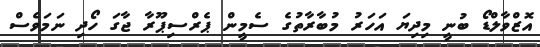
އޮޒްވާލްޑޯ ބުނީ މިދިޔަ އަހަރު މުބާރާތުގެ ސެމީން ޕެރްސިޕޫރާ ޖާގަ ހޯދި ނަމަވެސް